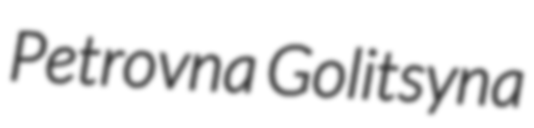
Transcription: Petrovna Golitsyna